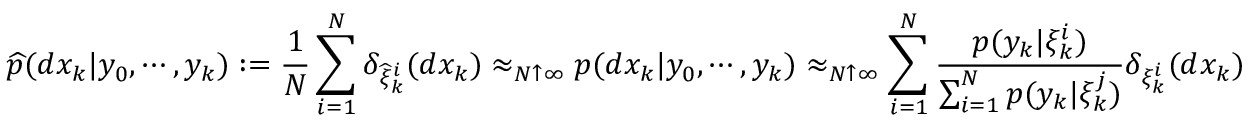
{ \widehat { p } } ( d x _ { k } | y _ { 0 } , \cdots , y _ { k } ) : = { \frac { 1 } { N } } \sum _ { i = 1 } ^ { N } \delta _ { { \widehat { \xi } } _ { k } ^ { i } } ( d x _ { k } ) \approx _ { N \uparrow \infty } p ( d x _ { k } | y _ { 0 } , \cdots , y _ { k } ) \approx _ { N \uparrow \infty } \sum _ { i = 1 } ^ { N } { \frac { p ( y _ { k } | \xi _ { k } ^ { i } ) } { \sum _ { i = 1 } ^ { N } p ( y _ { k } | \xi _ { k } ^ { j } ) } } \delta _ { \xi _ { k } ^ { i } } ( d x _ { k } )